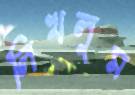
লিখলুম